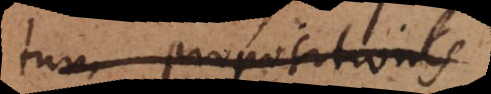
tum propositionis.